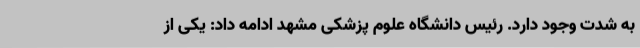
به شدت وجود دارد. رئیس دانشگاه علوم پزشکی مشهد ادامه داد: یکی از